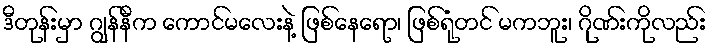
ဒီတုန်းမှာ ဂျွန်နီက ကောင်မလေးနဲ့ ဖြစ်နေရော၊ ဖြစ်ရုံတင် မကဘူး၊ ဂိုဏ်းကိုလည်း